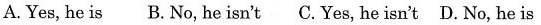
A.Yes,he is B.No, he isn't C.Yes,he isn't D.No,he is